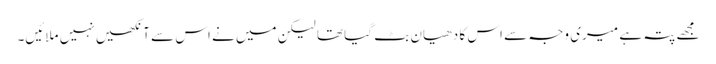
مجھے پتہ ہے میری وجہ سے اس کا دھیان بٹ گیا تھا لیکن میں نے اس سے آنکھیں نہیں ملائیں۔